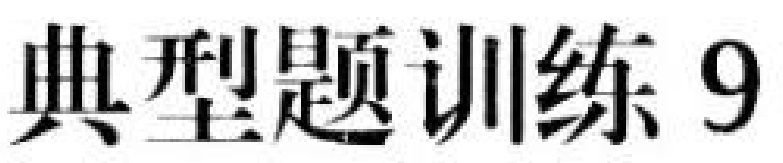
典型题训练 9